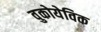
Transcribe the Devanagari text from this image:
वुकोयेविक